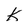
Character: k